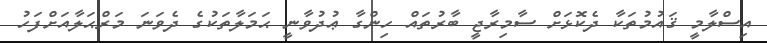
އިސްލާމީ ޤައުމުތަކާ ދެކޮޅަށް ސާމިރާޖީ ބާރުތައް ހިންގާ ޢުދުވާނީ ޙަމަލާތަކުގެ ދެވަނަ މަރްޙަލާއަށްފަހު